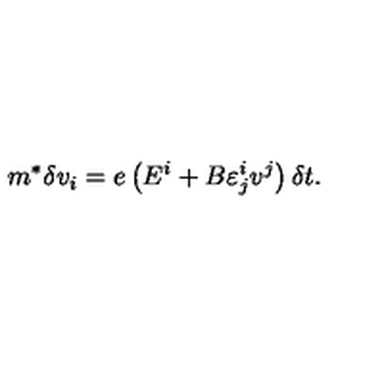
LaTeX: m ^ { * } \delta v _ { i } = e \left( E ^ { i } + B \varepsilon _ { j } ^ { i } { } v ^ { j } \right) \delta { t } .